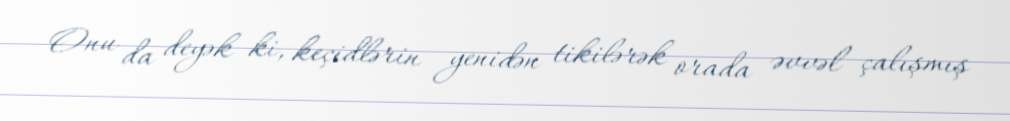
Onu da deyək ki, keçidlərin yenidən tikilərək orada əvvəl çalışmış